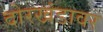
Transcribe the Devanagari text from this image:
दोरखंडावर